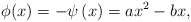
\begin{align*}\phi (x) = -\psi\left(x\right)=ax^{2}- bx,\end{align*}